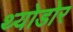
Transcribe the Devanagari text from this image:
थ्योडोर